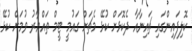
ކޮލިފައިންގައި ޗައިނާއާ ދެކޮޅަށް ކުޅޭ މެޗަށް ގައުމީ ޓީމް ތައްޔާރު ވުމަށް ކުޅޭ